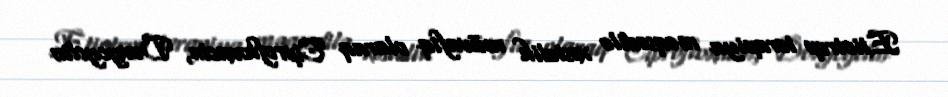
Etiotrop terapiya məqsədilə xəstəlik müvafiq olaraq Ciprofloxacin, Doxycyclin